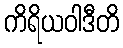
ကိရိယဝါဒီတိ